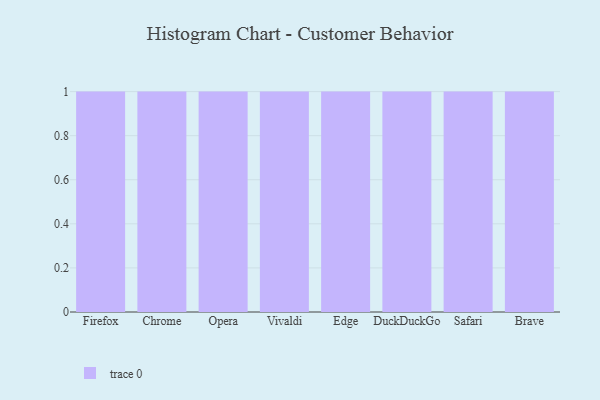
{"axis": {"x": "Browser", "y": "Headcount"}, "legend": [""], "data": [{"x": "Firefox", "y": 60, "type": ""}, {"x": "Chrome", "y": 45, "type": ""}, {"x": "Opera", "y": 84, "type": ""}, {"x": "Vivaldi", "y": 3, "type": ""}, {"x": "Edge", "y": 70, "type": ""}, {"x": "DuckDuckGo", "y": 47, "type": ""}, {"x": "Safari", "y": 40, "type": ""}, {"x": "Brave", "y": 4, "type": ""}]}